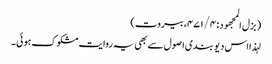
( بزل المجھود : ۴۷۱/۴، بیروت)
لہذا اس دیو بندی اصول سے بھی یہ روایت مشکوک ہوئی۔